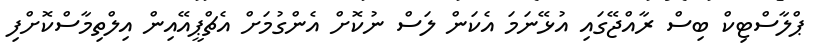
ޕްލާސްޓިކް ބިސް ރާއްޖޭގައި އުޅޭނަމަ އެކަން ލަސް ނުކޮށް އެންގުމަށް އެޗްޕީއޭއިން އިލްތިމާސްކޮށްފި